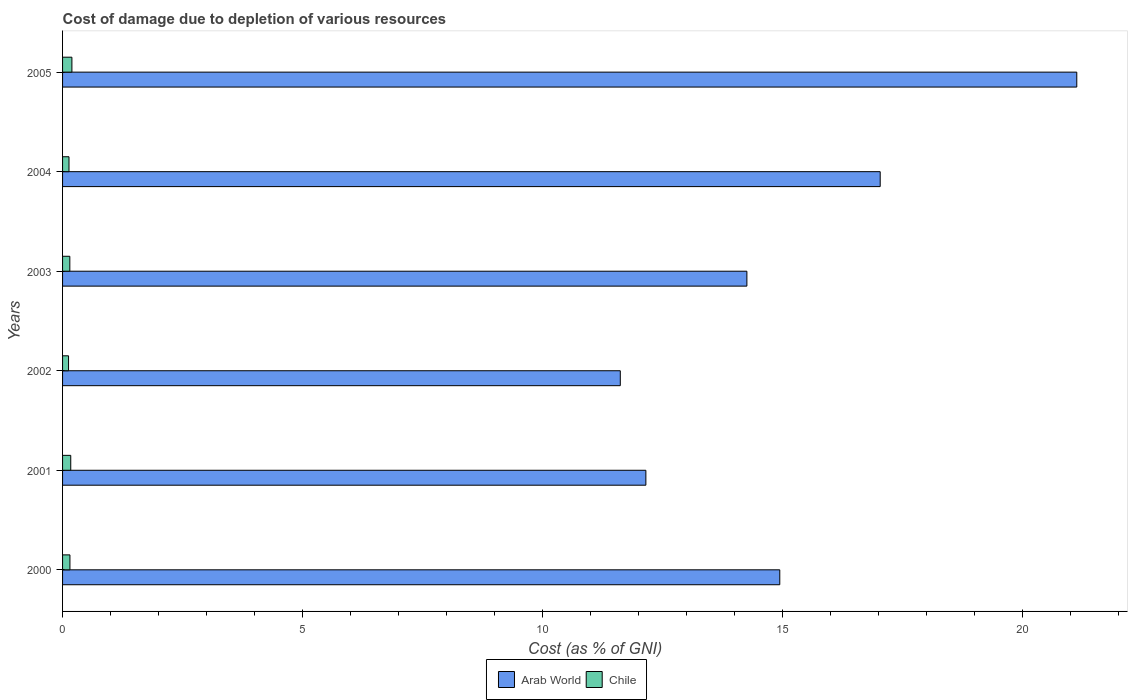
| Years | Arab World | Chile |
 | --- | --- | --- |
 | 2000 | 14.9 | 0.153 |
 | 2001 | 12.2 | 0.171 |
 | 2002 | 11.6 | 0.125 |
 | 2003 | 14.3 | 0.151 |
 | 2004 | 17 | 0.134 |
 | 2005 | 21.1 | 0.195 |